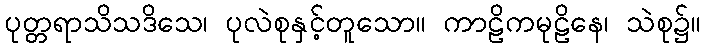
ပုတ္တရာသိသဒိသေ၊ ပုလဲစုနှင့်တူသော။ ကာဠိကမုဠိနေ၊ သဲစု၌။